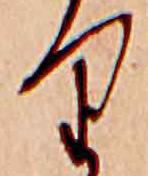
り